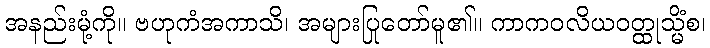
အနည်းမုံ့ကို။ ဗဟုကံအကာသိ၊ အများပြုတော်မူ၏။ ကာကဝလိယဝတ္ထုသ္မိံစ၊